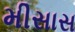
મીસાસ